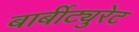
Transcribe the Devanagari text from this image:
बार्बीट्युरेट